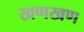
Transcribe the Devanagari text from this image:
खणखण